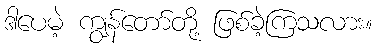
ဒါပေမဲ့ ကျွန်တော်တို့ ဖြစ်ခဲ့ကြသလား။